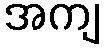
အကျ